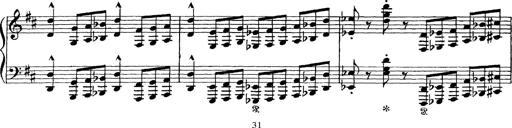
Title: Scherzo und Marsch
Composer: Franz Liszt